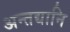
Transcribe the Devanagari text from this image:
अन्तद्यानि